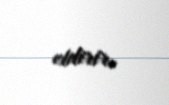
etdirir.